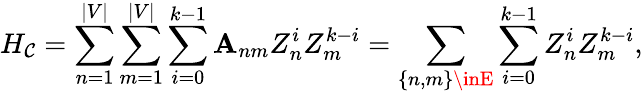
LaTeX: H_{\mathcal{C}}=\sum_{n=1}^{|V|}\sum_{m=1}^{|V|}\sum_{i=0}^{k-1}\mathbf{A}_{nm}Z_{n}^{i}Z_{m}^{k-i}=\sum_{\left\{ n,m\right\} \inE}\sum_{i=0}^{k-1}Z_{n}^{i}Z_{m}^{k-i},